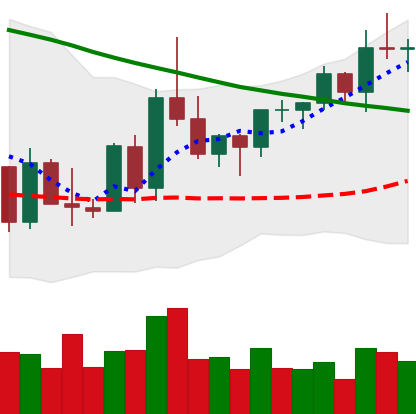
Ticker: XRP-USD
Chart end date: 2022-03-23
Forward return: 3.033%
Label: up_3_5